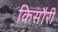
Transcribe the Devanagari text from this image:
किसौरी